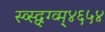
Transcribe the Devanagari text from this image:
स्व्स्द्व्ग्व्म्४६५४